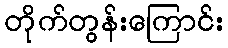
တိုက်တွန်းကြောင်း